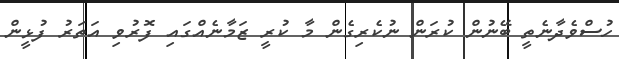
ހުސްވެދާނެތީ ބޭނުން ކުރަން ނުކެރިގެން މާ ކުރީ ޒަމާނެއްގައި ފޮރުވި އަތަރު ފުޅީން